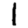
Digit: 1